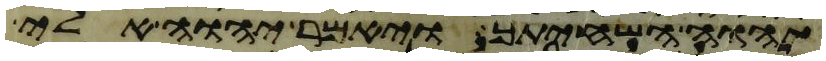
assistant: יהוה השחיתך ויאמר יהוה אלי